Vaike-Kullamaa_(Vaikna)_vallavalitsus, lk 2
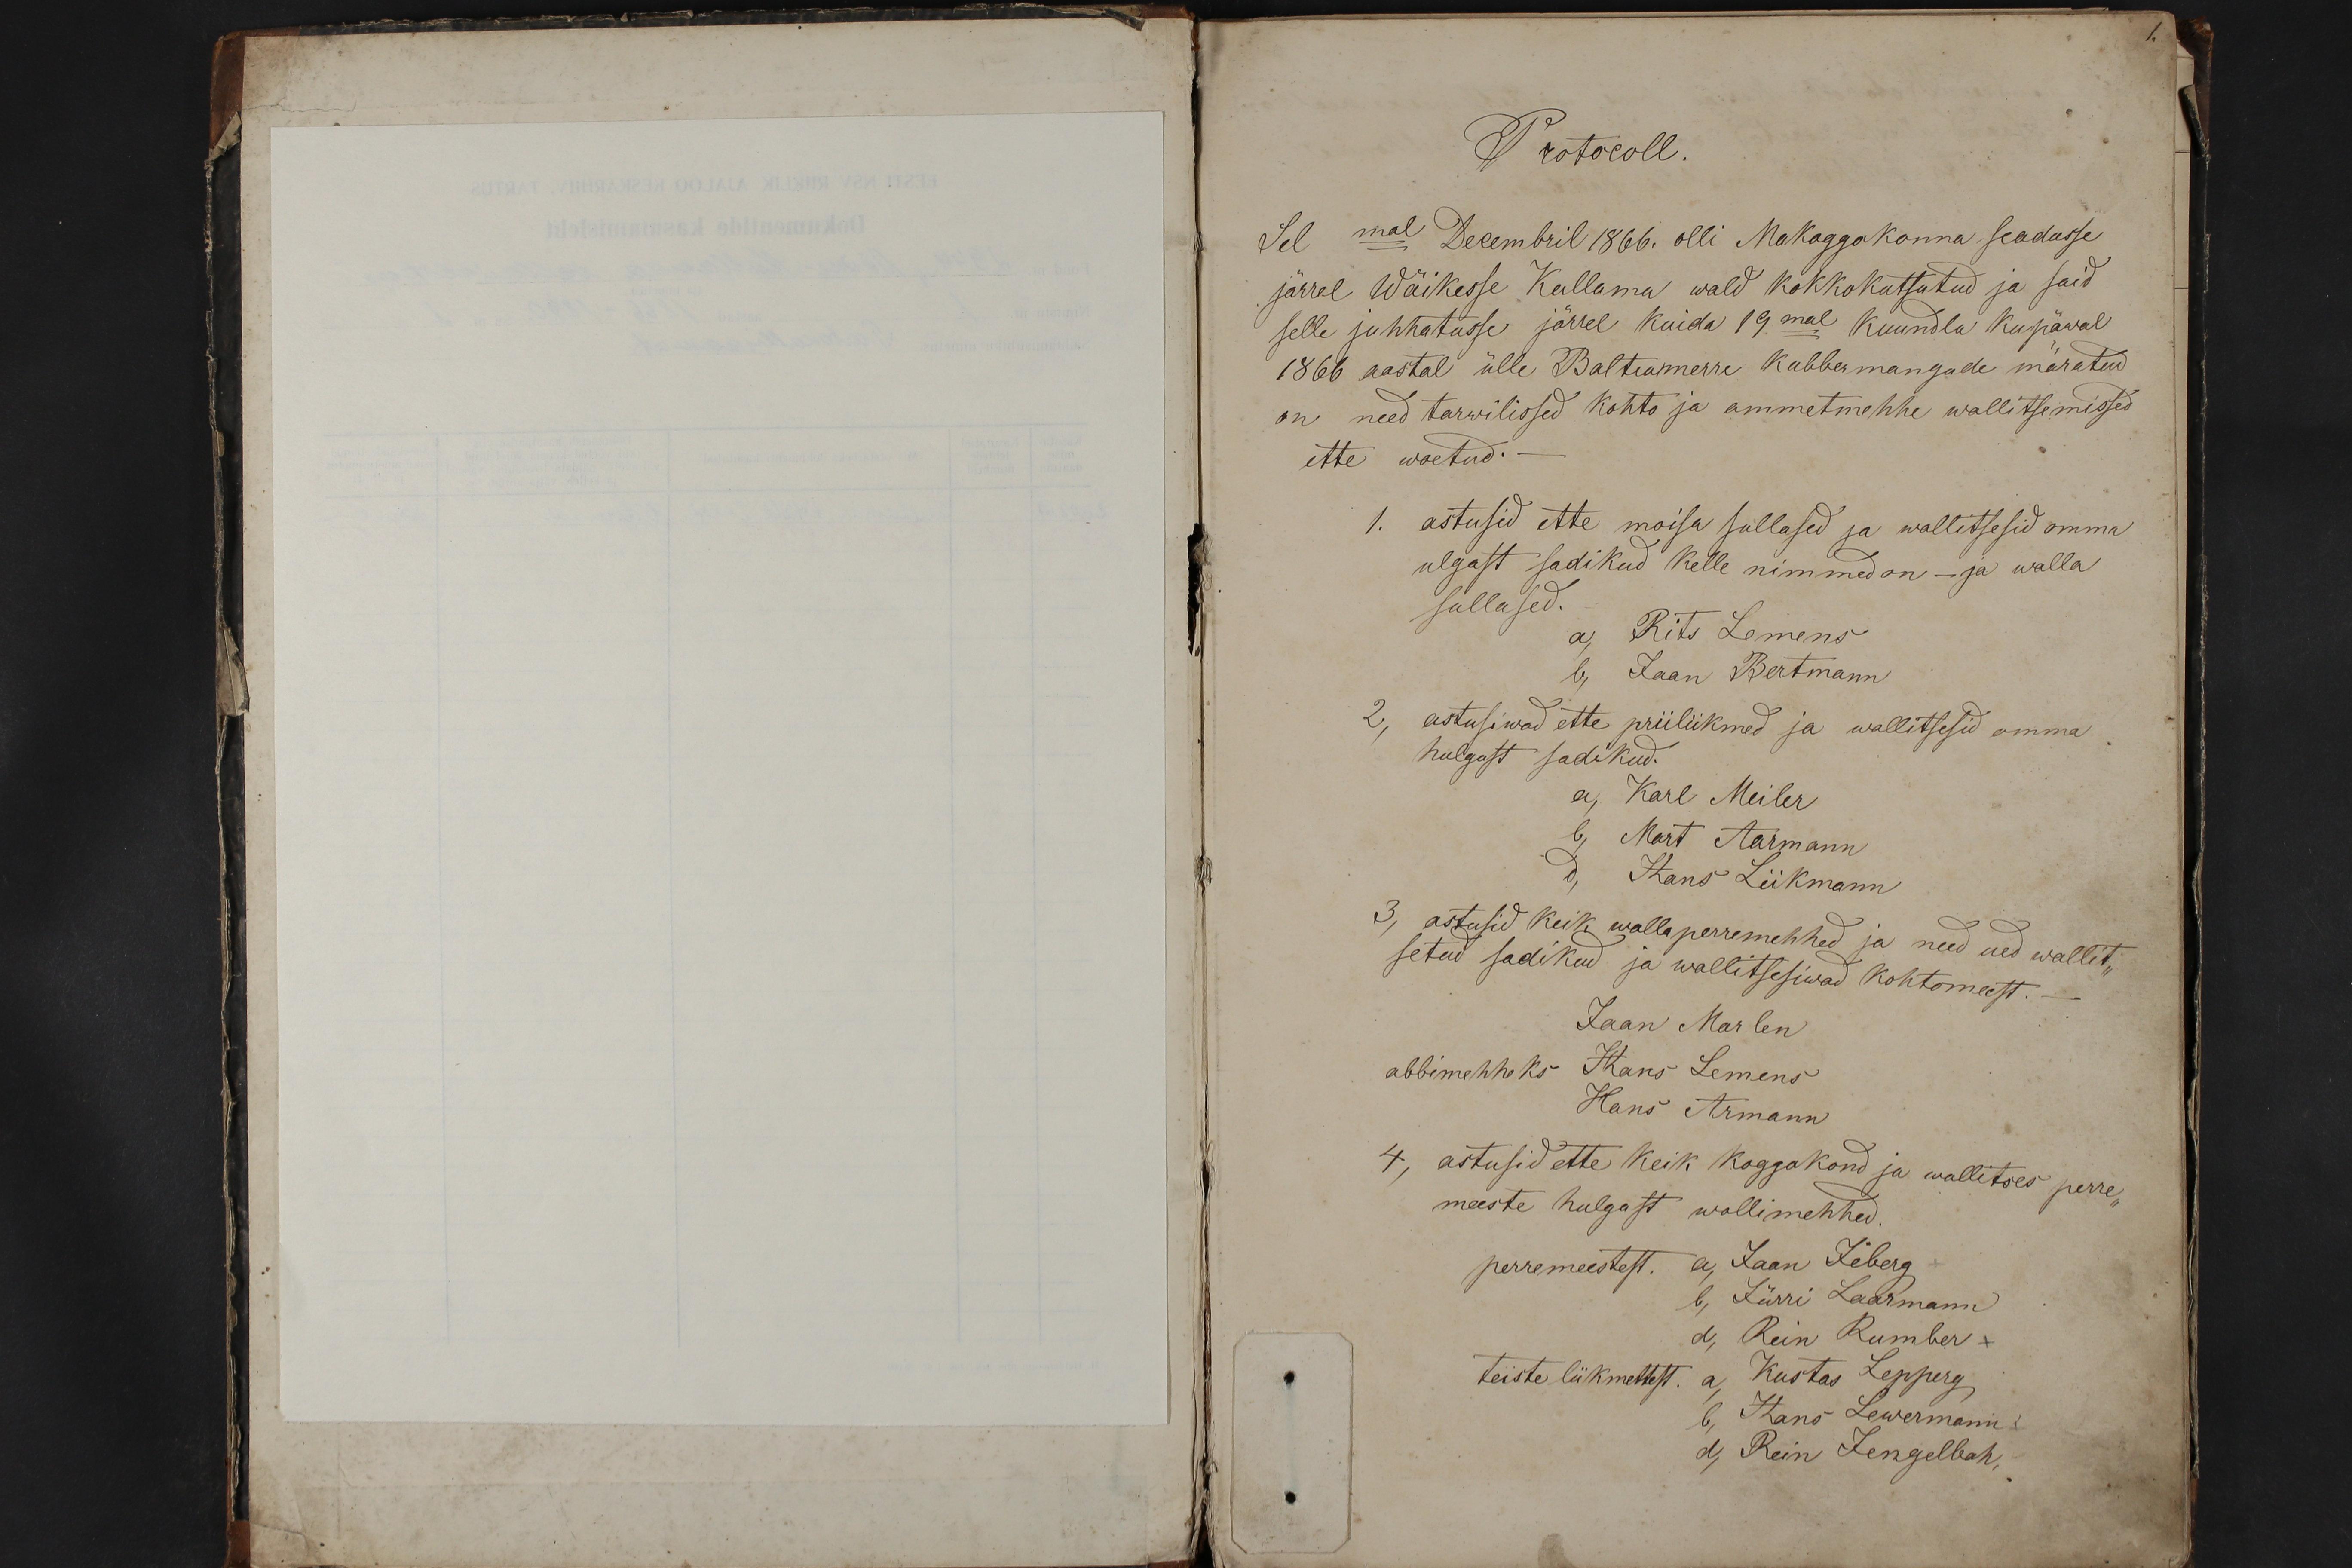
Protocoll.
Sel mal Decembril 1866. olli Makoggokonna seadusse
järrel Wäikesse Kullama wald kokkokutsutud ja said
selle juhhatusse järrel kuida 19mal Kuundla kupäwal
1866 aastal ülle Baltiamerre kubbermangode märatud
on need tarwilissed kohto ja ammetmehhe wallitsemisses
ette woetud.
1. astusid ette moisa sullased ja wallitsesid omma
ulgast sadikud kelle nimmed on - ja walla
sullased.
a, Rits Lemens
b, Jaan Bertmann
2, astusiwad ette priiliikmed ja wallitsesid omma
hulgast sadikud.
a, Karl Meiler
b, Mart Aarmann
d, Hans Liikmann
3, astusid keik walla perremehhed ja need ued wallit-
setud sadikud ja wallitsesiwad kohtomeest.-
Jaan Marlen
abbimehheks Hans Lemens
Hans Armann
4, astusid ette keik koggokond ja wallitses perre
meeste hulgast wollimehhed.
perremeestest. a Jaan Jeberg
b, Jürri Laarmann
d, Rein Rumber x
teiste liikmettest. a, Kustas Lepperg
6, Hans Lewermann
d, Rein Jengelbah,